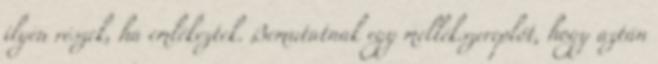
ilyen részek, ha emlékeztek. Bemutatnak egy mellékszereplőt, hogy aztán